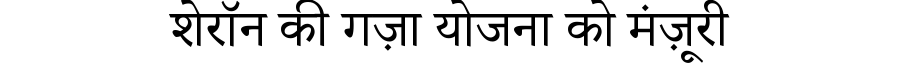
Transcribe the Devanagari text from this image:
शेरॉन की गज़ा योजना को मंज़ूरी